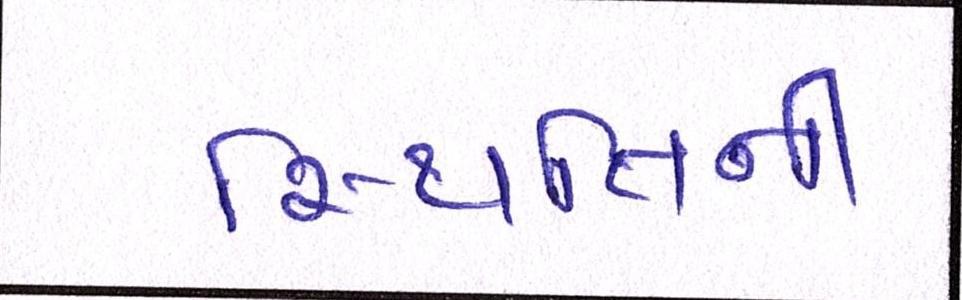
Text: સ્થિતિની